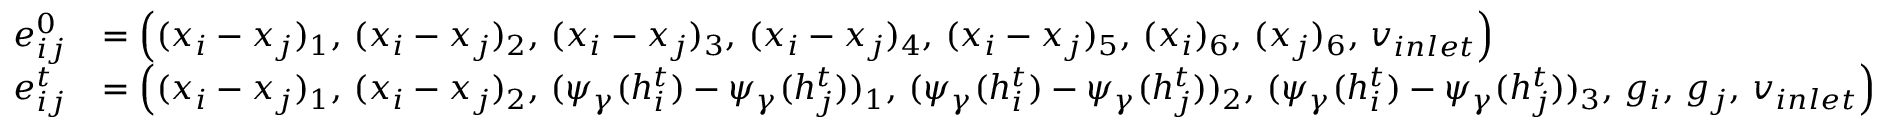
\begin{array} { r l } { e _ { i j } ^ { 0 } } & { = \left( ( x _ { i } - x _ { j } ) _ { 1 } , \, ( x _ { i } - x _ { j } ) _ { 2 } , \, ( x _ { i } - x _ { j } ) _ { 3 } , \, ( x _ { i } - x _ { j } ) _ { 4 } , \, ( x _ { i } - x _ { j } ) _ { 5 } , \, ( x _ { i } ) _ { 6 } , \, ( x _ { j } ) _ { 6 } , \, v _ { i n l e t } \right) } \\ { e _ { i j } ^ { t } } & { = \left( ( x _ { i } - x _ { j } ) _ { 1 } , \, ( x _ { i } - x _ { j } ) _ { 2 } , \, ( \psi _ { \gamma } ( h _ { i } ^ { t } ) - \psi _ { \gamma } ( h _ { j } ^ { t } ) ) _ { 1 } , \, ( \psi _ { \gamma } ( h _ { i } ^ { t } ) - \psi _ { \gamma } ( h _ { j } ^ { t } ) ) _ { 2 } , \, ( \psi _ { \gamma } ( h _ { i } ^ { t } ) - \psi _ { \gamma } ( h _ { j } ^ { t } ) ) _ { 3 } , \, g _ { i } , \, g _ { j } , \, v _ { i n l e t } \right) } \end{array}